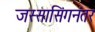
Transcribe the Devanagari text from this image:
जस्सासिंगनंतर